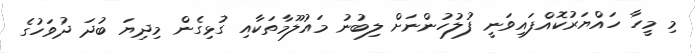
މި މީހާ ހައްޔަރުކޮއްފައިވަނީ ފުލުހުންނަށް ލިބުނު މައުލޫމާތަކާއި ގުޅިގެން މިދިޔަ ބުދަ ދުވަހުގެ